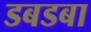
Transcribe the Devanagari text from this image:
डबडबा